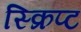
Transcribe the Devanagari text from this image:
स्क्रिप्‍ट